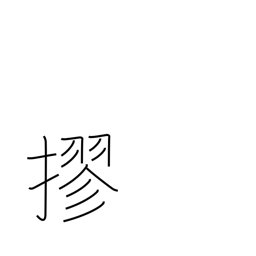
Meaning: tie into a bundle